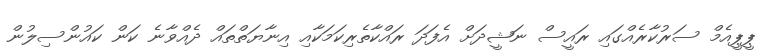
ޕީޕީއެމް ސަރުކާރެއްގައި ރައީސް ނަޝީދަށް އެފަދަ ރައްކާތެރިކަމަކާއި އިނާޔަތްތައް ދެއްވާނެ ކަން ކައުންސިލުން